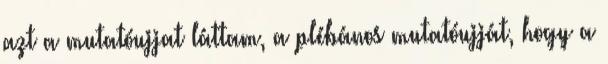
azt a mutatóujjat láttam, a plébános mutatóujját, hogy a